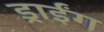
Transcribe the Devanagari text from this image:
ड्राईंग